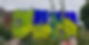
আনা